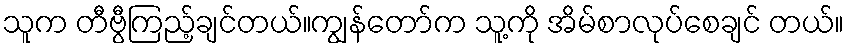
သူက တီဗွီကြည့်ချင်တယ်။ကျွန်တော်က သူ့ကို အိမ်စာလုပ်စေချင် တယ်။